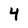
Character: 4